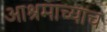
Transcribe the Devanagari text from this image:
आश्रमाच्याच